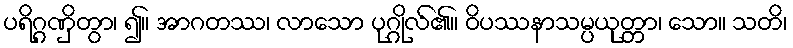
ပရိဂ္ဂဏှိတွာ၊ ၍။ အာဂတဿ၊ လာသော ပုဂ္ဂိုလ်၏။ ဝိပဿနာသမ္ပယုတ္တာ၊ သော။ သတိ၊